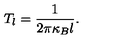
T _ { l } = \frac { 1 } { 2 \pi \kappa _ { B } l } .